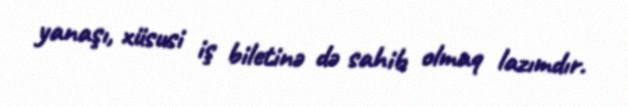
yanaşı, xüsusi iş biletinə də sahib olmaq lazımdır.